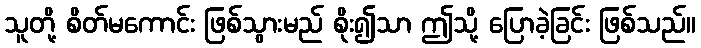
သူတို့ စိတ်မကောင်း ဖြစ်သွားမည် စိုး၍သာ ဤသို့ ပြောခဲ့ခြင်း ဖြစ်သည်။